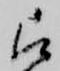
被